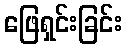
ဖြေရှင်းခြင်း